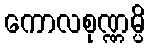
ကောလစုဏ္ဏမ္ပိ